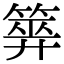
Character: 𥰰